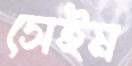
সেইম